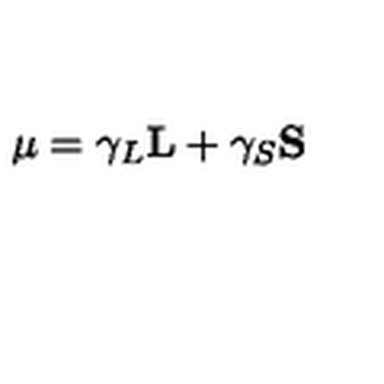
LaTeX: { \bf \mu } = \gamma _ { L } { \bf L } + \gamma _ { S } { \bf S }